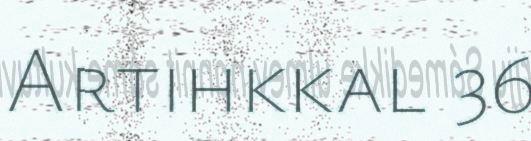
Artihkkal 36